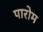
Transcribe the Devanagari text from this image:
पारोम